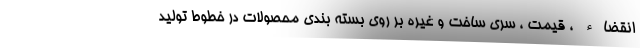
انقضاء ، قیمت ، سری ساخت و غیره بر روی بسته بندی محصولات در خطوط تولید